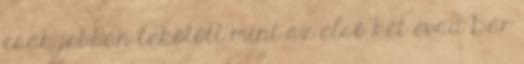
csak jobban lekötött mint az első két évad Bár